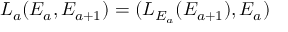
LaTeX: L _ { a } ( E _ { a } , E _ { a + 1 } ) = ( L _ { E _ { a } } ( E _ { a + 1 } ) , E _ { a } )